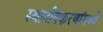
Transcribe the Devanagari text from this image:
स्थानीयकरणांमध्ये